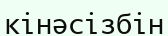
кінәсізбін